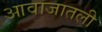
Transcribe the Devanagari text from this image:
आवाजातली